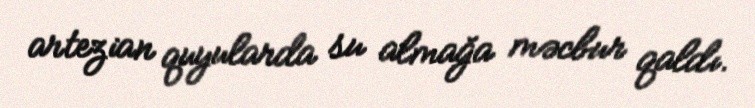
artezian quyularda su almağa məcbur qaldı.